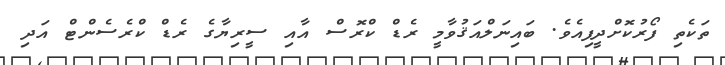
ތަކެތި ފޯރުކޮށްދީފިއެވެ. ބައިނަލްއަޤުވާމީ ރެޑް ކްރޮސް އާއި ސީރިޔާގެ ރެޑް ކްރެސެންޓް އަދި